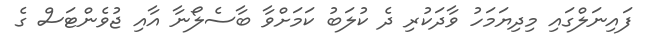
ފައިނަލްގައި މިދިޔަމަހު ވާދަކުރި ދެ ކުލަބު ކަމަށްވާ ބާސެލޯނާ އާއި ޖުވެންޓަސް ގެ